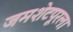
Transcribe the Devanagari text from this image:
जमशेटपूरला